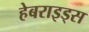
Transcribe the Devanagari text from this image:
हेबराइड्स